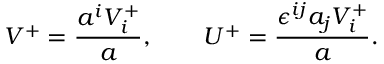
V ^ { + } = \frac { a ^ { i } V _ { i } ^ { + } } a , \qquad U ^ { + } = \frac { \epsilon ^ { i j } a _ { j } V _ { i } ^ { + } } a .